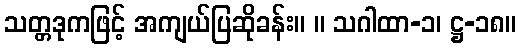
သတ္တဒုကဖြင့် အကျယ်ပြဆိုခန်း။ ။ သဂါထာ-၁၊ ဋ္ဌ-၁၈။